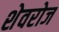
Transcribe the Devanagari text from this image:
शेवरोज